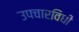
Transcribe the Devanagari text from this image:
उपचारविधी